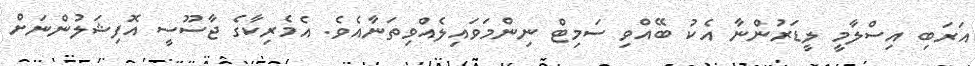
އަރަބި އިސްލާމީ ލީޑަރުންނާ އެކު ބޭއްވި ސަމިޓް ނިންމަވައިލެއްވިތަނާއެވެ. އެމެރިކާގެ ޖާސޫސީ އޮފިޝަލުންނަށް